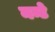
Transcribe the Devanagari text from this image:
नन्टे